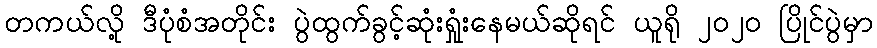
တကယ်လို့ ဒီပုံစံအတိုင်း ပွဲထွက်ခွင့်ဆုံးရှုံးနေမယ်ဆိုရင် ယူရို ၂၀၂၀ ပြိုင်ပွဲမှာ